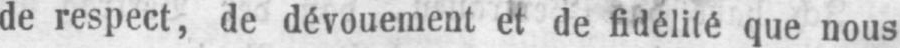
de respect, de dévouement et de fidélité que nous